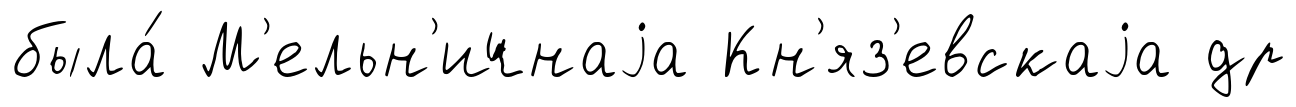
была́ М'ельн'ичнаjа Кн'яз'евскаjа др